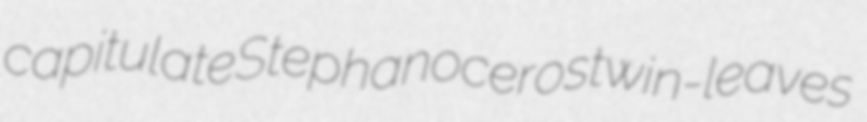
capitulate Stephanoceros twin-leaves